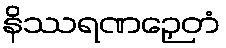
နိဿရဏဉှေတံ